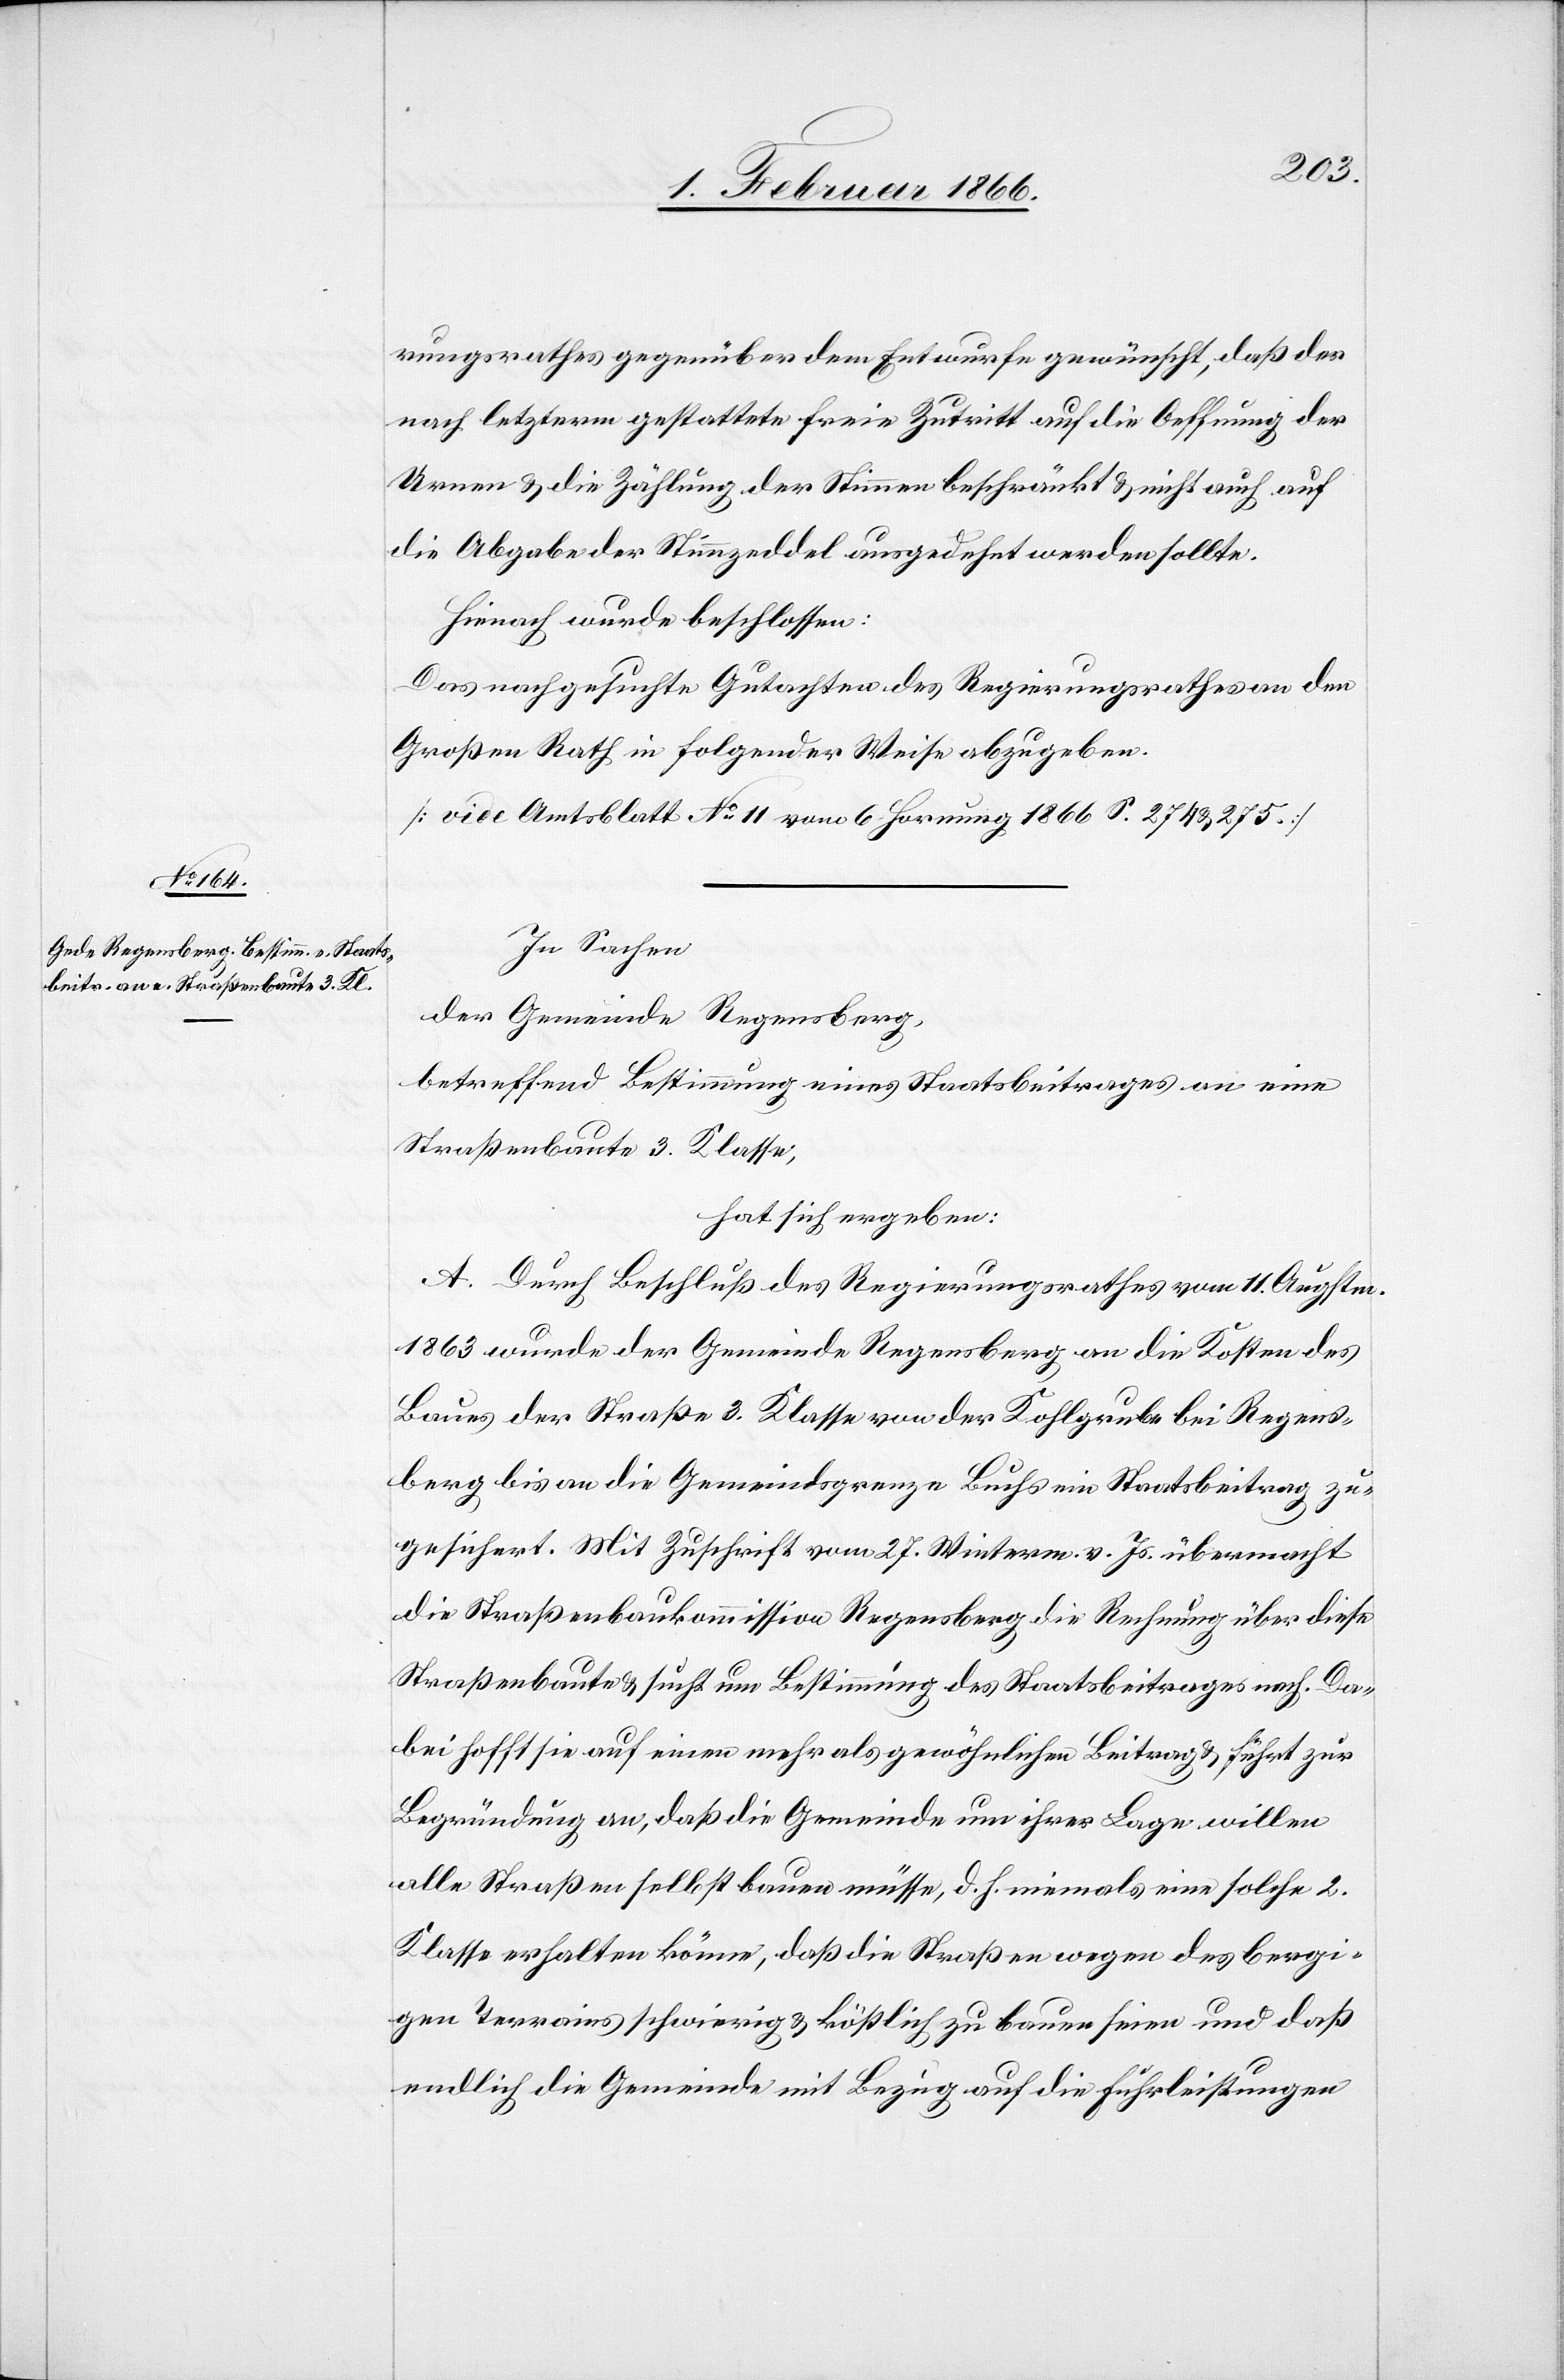
rungsrathes gegenüber dem Entwurfe gewünscht, daß der
nach letzterm gestattete freie Zutritt auf die Oeffnung der
Urnen u. die Zählung der Stimmen beschränkt u. nicht auch auf
die Abgabe der Stimmzeddel ausgedehnt werden sollte.
Hienach wurde beschlossen:
Das nachgesuchte Gutachten des Regierungsrathes an den
Großen Rathe in folgender Weise abzugeben:
[vide Amtsblatt No. 11 vom 6. Hornung 1866 S. 274 u. 275.]
In Sachen
der Gemeinde Regensberg,
betreffend Bestimmung eines Staatsbeitrages an eine
Straßenbaute 3. Klasse;
hat sich ergeben:
A. Durch Beschluß des Regierungsrathes vom 11. Augstm.
1863 wurde der Gemeinde Regensberg an die Kosten des
Baues der Straße 3. Klasse von der Kohlgrube bei Regens¬
berg bis an die Gemeindsgrenze Buchs ein Staatsbeitrag zu¬
gesichert. Mit Zuschrift vom 27. Winterm. v. Js. übermacht
die Straßenbaukommission Regensberg die Rechnung über diese
Straßenbaute u. sucht um Bestimmung des Staatsbeitrages nach. Da¬
bei hofft sie auf einen mehr als gewöhnlichen Beitrag u. führt zur
Begründung an, daß die Gemeinde um ihrer Lage willen
alle Straßen selbst bauen müsse, d. h. niemals eine solche 2.
Klasse erhalten könne, daß die Straßen wegen des bergi¬
gen Terrains schwierig u. köstlich zu bauen seien und daß
endlich die Gemeinde mit Bezug auf die Fuhrleistungen